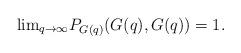
LaTeX: \begin{align*}{\rm lim}_{q\to \infty}P_{G(q)}(G(q),G(q)) = 1.\end{align*}